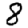
Digit: 8